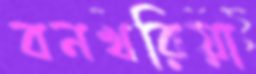
বনখরিয়া